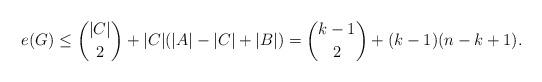
LaTeX: \begin{align*}e(G)\le\binom{|C|}{2}+|C|(|A|-|C|+|B|)=\binom{k-1}{2}+(k-1)(n-k+1).\end{align*}